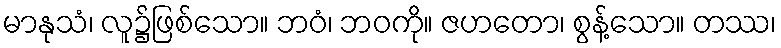
မာနုသံ၊ လူ၌ဖြစ်သော။ ဘဝံ၊ ဘဝကို။ ဇဟတော၊ စွန့်သော။ တဿ၊